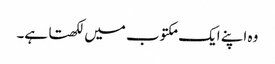
وہ اپنے ایک مکتوب میں لکھتا ہے۔